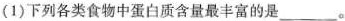
(1)下列各类食物中蛋白质含量最丰富的是___。